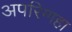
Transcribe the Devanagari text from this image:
अपरिग्गहा